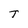
Character: T